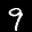
Label: 9